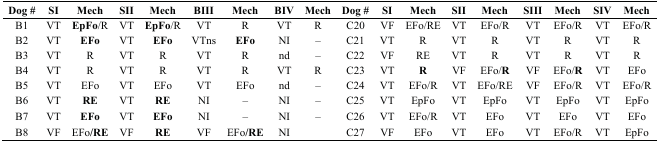
| Dog # | SI | Mech | SII | Mech | BIII | Mech | BIV | Mech | Dog # | SI | Mech | SII | Mech | SIII | Mech | SIV | Mech |
 | --- | --- | --- | --- | --- | --- | --- | --- | --- | --- | --- | --- | --- | --- | --- | --- | --- | --- |
 | B1 | VT | EpFo/R | VT | EpFo/R | VT | R | VT | R | C20 | VF | EFo/RE | VT | EFo/R | VT | EFo/R | VT | EFo/R |
 | B2 | VT | EFo | VT | EFo | VTns | EFo | NI | – | C21 | VT | R | VT | R | VT | R | VT | R |
 | B3 | VT | R | VT | R | VT | R | nd | – | C22 | VF | RE | VT | R | VT | R | VT | R |
 | B4 | VT | R | VT | R | VT | R | VT | R | C23 | VT | R | VF | EFo/R | VF | EFo/R | VT | EFo |
 | B5 | VT | EFo | VT | EFo | VT | EFo | nd | – | C24 | VT | EFo/R | VT | EFo/RE | VF | EFo/R | VT | EFo/R |
 | B6 | VT | RE | VT | RE | NI | – | NI | – | C25 | VT | EpFo | VT | EpFo | VT | EpFo | VT | EpFo |
 | B7 | VT | EFo | VT | EFo | NI | – | NI | – | C26 | VT | EFo/R | VT | EFo | VT | EFo | VT | EFo |
 | B8 | VF | EFo/RE | VF | RE | VF | EFo/RE | NI |  | C27 | VF | EFo | VT | EFo | VT | EFo/R | VT | EpFo |